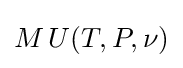
M\,U(T,P,\nu )